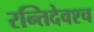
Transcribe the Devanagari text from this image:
रन्तिदेवश्च